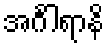
အင်္ဂါရာနိ